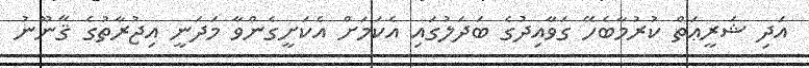
އަދި ޝަރީޢަތް ކުރުމާބެހޭ ގަވާއިދުގެ ބަދަލުގައި އެކަމަށް އެކަށީގެންވާ މަދަނީ އިޖުރާތުގެ ޤާނޫނު